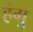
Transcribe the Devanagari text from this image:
हंगु